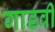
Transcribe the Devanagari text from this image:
गाडवी